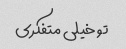
تو خیلی متفکری